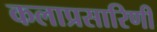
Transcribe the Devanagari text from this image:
कलाप्रसारिणी